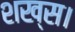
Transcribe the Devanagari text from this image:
शख्स।